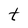
Character: t